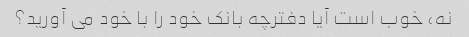
نه، خوب است آیا دفترچه بانک خود را با خود می آورید؟